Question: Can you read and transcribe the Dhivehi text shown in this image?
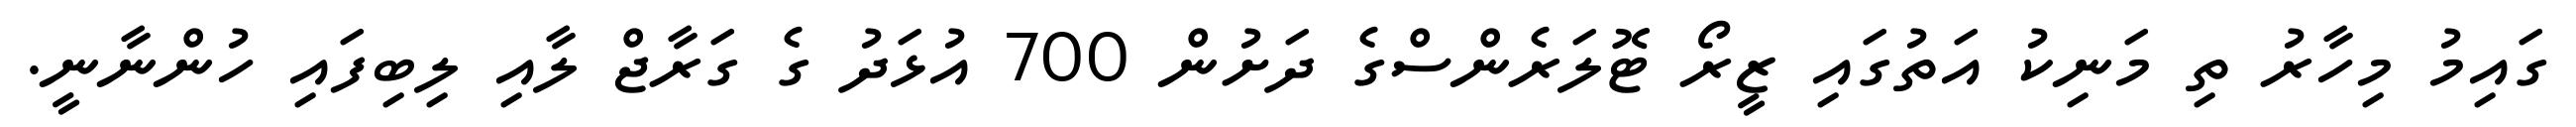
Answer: ގައިމު މިހާރު ތި މަނިކު އަތުގައި ޒީރޯ ޓޮލަރެންސްގެ ދަށުން 700 އުޅަދު ގެ ގަރާޖް ލާއި ލިބިފައި ހުންނާނީ.